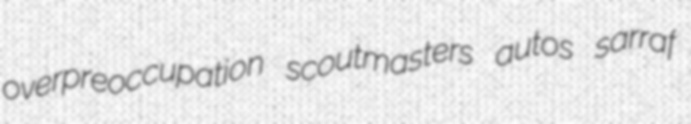
overpreoccupation scoutmasters autos sarraf